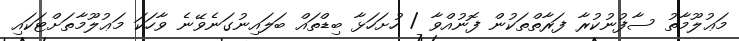
މަޢުލޫމާތު ސާފުނުކުރާ ފަރާތްތަކުން ފޮނުއްވާ / ހުށަހަޅާ ބިޑްތައް ބަލައިނުގަނެވޭނެ ވާހަކަ މަޢުލޫމާތަށްޓަކައި